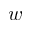
w